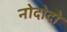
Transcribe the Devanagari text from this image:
नोदोदो